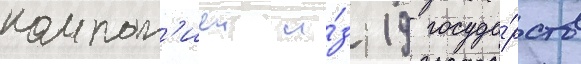
компан'иеи и́з 19 госуда́рств